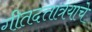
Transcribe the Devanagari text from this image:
गीतदत्तात्रयाचे